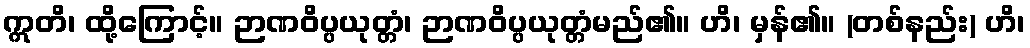
ဣတိ၊ ထို့ကြောင့်။ ဉာဏဝိပ္ပယုတ္တံ၊ ဉာဏဝိပ္ပယုတ္တံမည်၏။ ဟိ၊ မှန်၏။ (တစ်နည်း) ဟိ၊